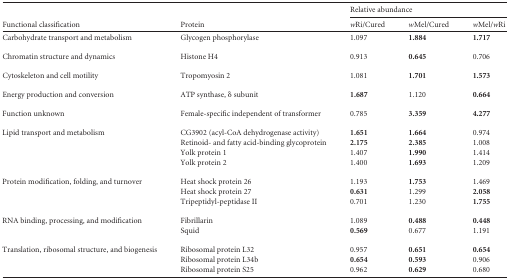
<table><thead><tr><td rowspan="2"><b>Functional classification</b></td><td rowspan="2"><b>Protein</b></td><td colspan="3"><b>Relative abundance</b></td></tr><tr><td><b><i>w</i>Ri/Cured</b></td><td><b><i>w</i>Mel/Cured</b></td><td><b><i>w</i>Mel/<i>w</i>Ri</b></td></tr></thead><tbody><tr><td>Carbohydrate transport and metabolism</td><td>Glycogen phosphorylase</td><td>1.097</td><td><b>1.884</b></td><td><b>1.717</b></td></tr><tr><td>Chromatin structure and dynamics</td><td>Histone H4</td><td>0.913</td><td><b>0.645</b></td><td>0.706</td></tr><tr><td>Cytoskeleton and cell motility</td><td>Tropomyosin 2</td><td>1.081</td><td><b>1.701</b></td><td><b>1.573</b></td></tr><tr><td>Energy production and conversion</td><td>ATP synthase, δ subunit</td><td><b>1.687</b></td><td>1.120</td><td><b>0.664</b></td></tr><tr><td>Function unknown</td><td>Female-specific independent of transformer</td><td>0.785</td><td><b>3.359</b></td><td><b>4.277</b></td></tr><tr><td>Lipid transport and metabolism</td><td>CG3902 (acyl-CoA dehydrogenase activity)</td><td><b>1.651</b></td><td><b>1.664</b></td><td>0.974</td></tr><tr><td></td><td>Retinoid- and fatty acid-binding glycoprotein</td><td><b>2.175</b></td><td><b>2.385</b></td><td>1.008</td></tr><tr><td></td><td>Yolk protein 1</td><td>1.407</td><td><b>1.990</b></td><td>1.414</td></tr><tr><td></td><td>Yolk protein 2</td><td>1.400</td><td><b>1.693</b></td><td>1.209</td></tr><tr><td>Protein modification, folding, and turnover</td><td>Heat shock protein 26</td><td>1.193</td><td><b>1.753</b></td><td>1.469</td></tr><tr><td></td><td>Heat shock protein 27</td><td><b>0.631</b></td><td>1.299</td><td><b>2.058</b></td></tr><tr><td></td><td>Tripeptidyl-peptidase II</td><td>0.701</td><td>1.230</td><td><b>1.755</b></td></tr><tr><td>RNA binding, processing, and modification</td><td>Fibrillarin</td><td>1.089</td><td><b>0.488</b></td><td><b>0.448</b></td></tr><tr><td></td><td>Squid</td><td><b>0.569</b></td><td>0.677</td><td>1.191</td></tr><tr><td>Translation, ribosomal structure, and biogenesis</td><td>Ribosomal protein L32</td><td>0.957</td><td><b>0.651</b></td><td><b>0.654</b></td></tr><tr><td></td><td>Ribosomal protein L34b</td><td><b>0.654</b></td><td><b>0.593</b></td><td>0.906</td></tr><tr><td></td><td>Ribosomal protein S25</td><td>0.962</td><td><b>0.629</b></td><td>0.680</td></tr></tbody></table>